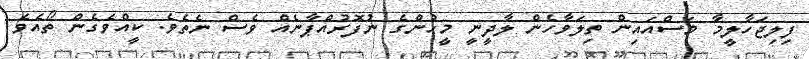
ފިލިޖަހާލީމާ މަސްއައިން ތިލަވާހެން ލާދީނީ މީހުންގެ ނުފޮރުއްޕާނެއް ވެސް ނެތެވެ. ކީއްވެގެން ތޯއެވެ